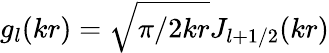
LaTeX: g_{l}(kr)=\sqrt{\pi/2kr}J_{l+1/2}(kr)